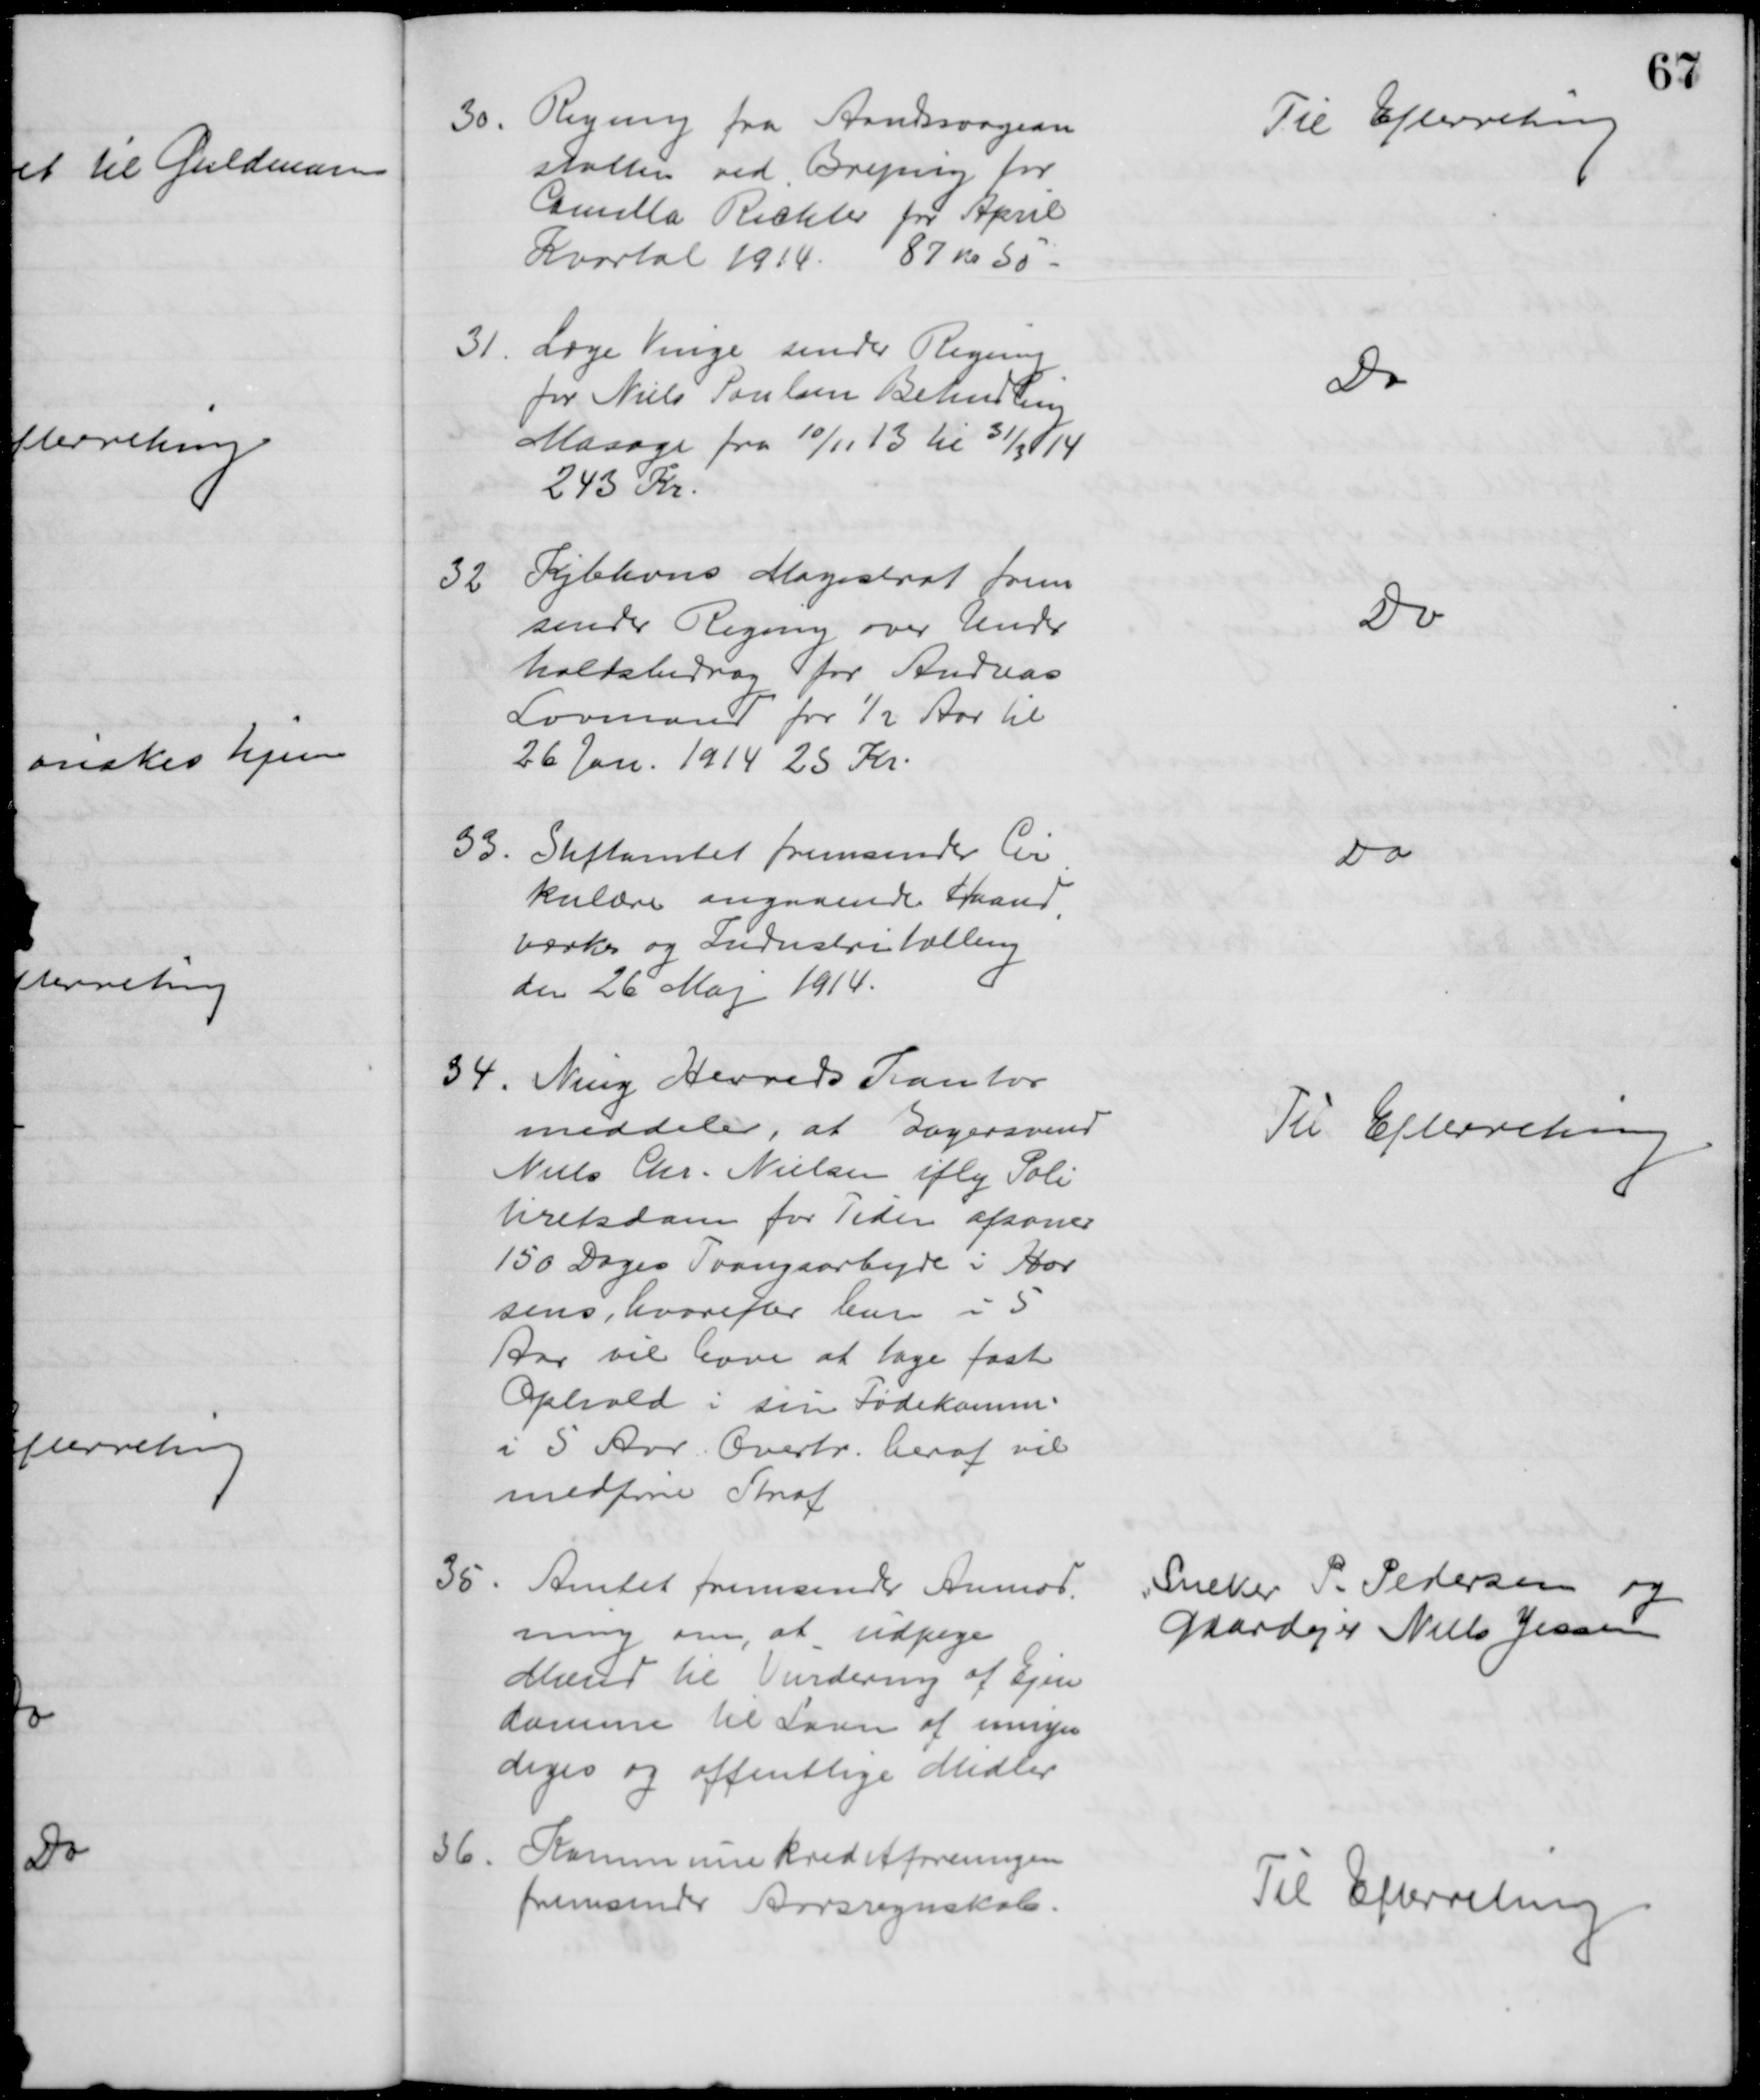
Transskription:
30. Regning fra Aandssvagean
stalten ved Brejning for
Camilla Richter for April
Kvartal 1914. 87 kr 50 
Til Efterretning
31
Læge Vinge sender Regning
for Niels Poulsen Behandling
Masage fra 10/11 13 til 31/3 14
243 Kr
Do
32
Kjbhvns Magistrat frem
sender Regning over Under
holdsbidrag for Andreas
Lovmand for ½ Aar til
26 Jan. 1914 25 Kr.
Do
33
Stiftamtet fremsender Cir
-
kulære angaaende Haand
-
værks og Industritælling
den 26 Maj 1914.
Do
34
Ning Herreds Kontor
meddeler, at Bagersvend
Niels Chr. Nielsen iflg Poli
tiretsdom for Tiden afsoner
150 Dages Tvangsarbejde i Hor
sens, hvorefter han i 5
Aar vil have at tage fast
Ophold i sin Fødekomm.
i 5 Aar. Overtr. heraf vil
medføre Straf
Til Efterretning
35
Amtet fremsender Anmod
ning om, at udpege
Mænd til Vurdering af Ejen
domme til Laan af umyn
diges og offentlige Midler
Sneker P. Pedersen og
Gaardejer Niels Jessen
36
Kommunekreditforeningen
fremsender Aarsregnskab.
Til Efterretning